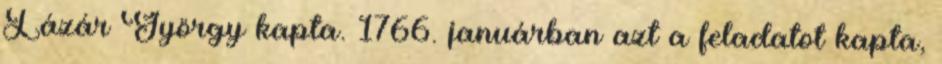
Lázár György kapta. 1766. januárban azt a feladatot kapta,